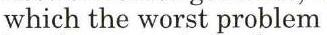
which the worst problem